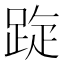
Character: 𨁁